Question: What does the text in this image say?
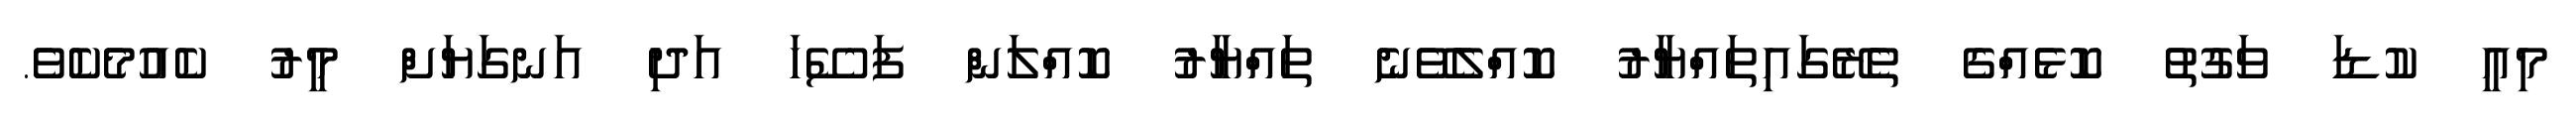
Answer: މިއީ ކުޑަ ވަގުތު ކޮޅެއްގެ ތެރޭގައިތައްޔާރު ކޮއްލެވޭނެ ތައްޔާރު ކޮއްލަން ފަސޭހަ އަދި އަނގަޔަށް މީރު ކެއުމެކެވެ.